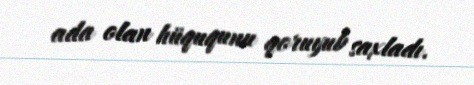
ada olan hüququnu qoruyub saxladı.